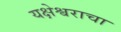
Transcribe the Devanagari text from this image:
यक्षेश्वराचा